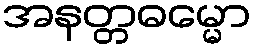
အနတ္တဓမ္မော